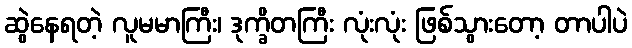
ဆွဲနေရတဲ့ လူမမာကြီး၊ ဒုက္ခိတကြီး လုံးလုံး ဖြစ်သွားတော့ တာပါပဲ